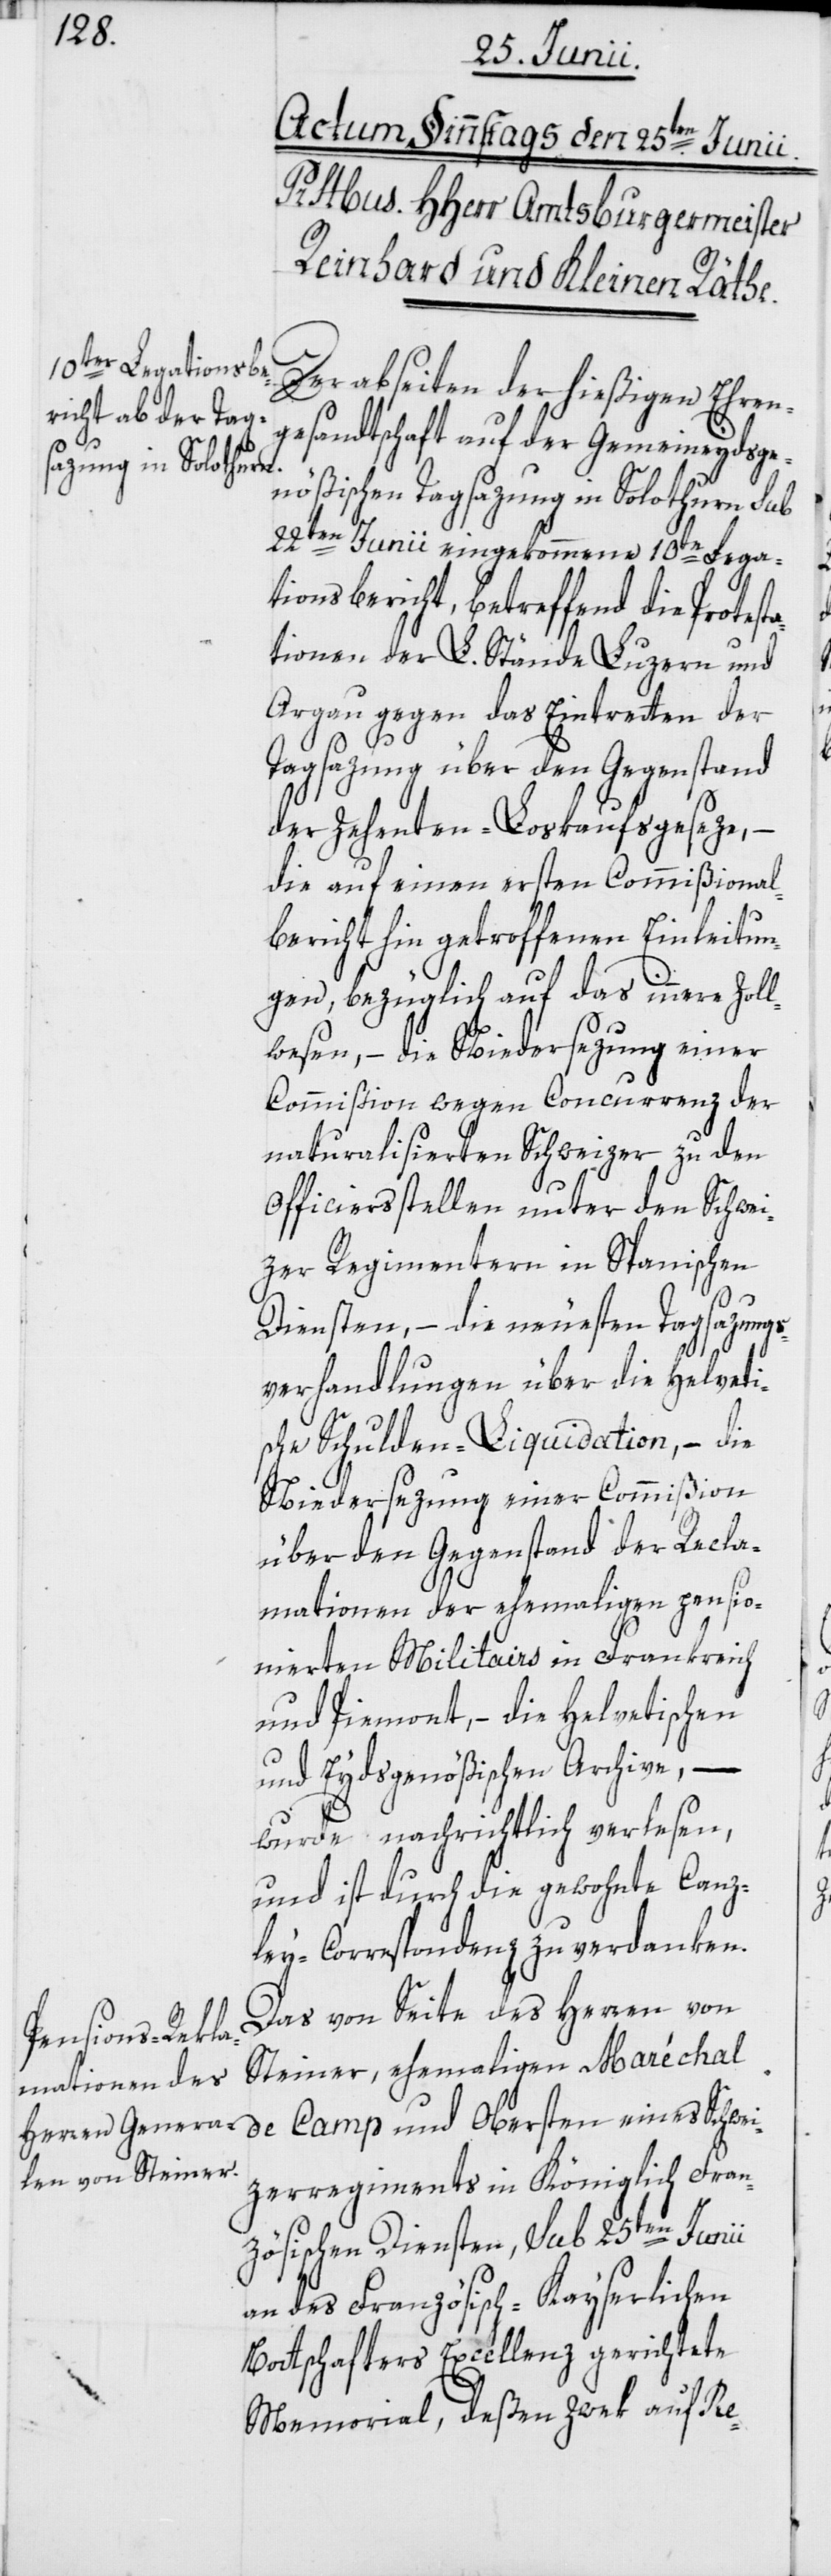
sta¬
Der abseiten der hießigen Ehren¬
gesandtschaft auf der Gemeineydsge¬
nößischen Tagsazung in Solothurn sub
22ten Junii eingekommene 10te Lega¬
tionsbericht, betreffend die Prote¬
tionen der L. Stände Luzern und
Argau gegen das Eintretten der
Tagsazung über den Gegenstand
der Zehenten-Loskaufsgeseze,
die auf einen ersten Commißional¬
bericht hin getroffenen Einleitun¬
gen, bezüglich auf das innere Zoll¬
wesen, – die Niedersezung einer
Commißion wegen Concurrenz der
naturalisierten Schweizer zu den
Officiersstellen unter den Schwei¬
zer Regimentern in Spanischen
Diensten, – die neuesten Tagsazungs¬
verhandlungen über die Helveti¬
sche Schulden-Liquidation, – die
Niedersezung einer Commißion
über den Gegenstand der Recla¬
mationen der ehemaligen pensio¬
nierten Militairs in Frankreich
und Piemont, – die Helvetischen
und Eydsgenößischen Archive, –
wurde nachrichtlich verlesen,
und ist durch die gewohnte Canz¬
ley-Correspondenz zu verdanken.
Das von Seite des Herren von
Steiner, ehemaligen Maréchal
de Camp und Obersten eines Schwei¬
zerregiments in Königlich Fran¬
zösischen Diensten, sub 25ten Junii
an des Französisch-Kayserlichen
Bottschafters Excellenz gerichtete
Memorial, deßen Zwek auf Re-